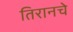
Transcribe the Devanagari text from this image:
तिरानचे